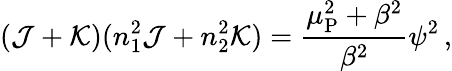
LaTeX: (\mathcal J+\mathcal K)(n_{1}^{2}\mathcal J+n_{2}^{2}\mathcal K)=\frac{\mu_{\mathrm{P}}^{2}+\beta^{2}}{\beta^{2}}\psi^{2}\, ,